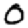
Digit: 0